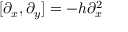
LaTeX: [ \partial _ { x } , \partial _ { y } ] = - h \partial _ { x } ^ { 2 }